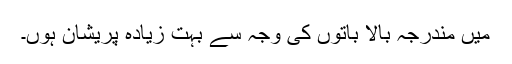
میں مندرجہ بالا باتوں کی وجہ سے بہت زیادہ پریشان ہوں۔